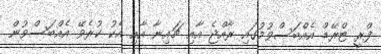
ފްރީ ޓްރޭޑް އެއްބަސްވުމުގައި ރާއްޖެ އާއި ޗައިނާ އާއި އެކު ކުރެވޭ އެއްބަސްވުން